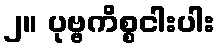
၂။ ပုဗ္ဗကိစ္စငါးပါး